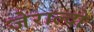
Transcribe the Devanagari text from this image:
जेराल्दो